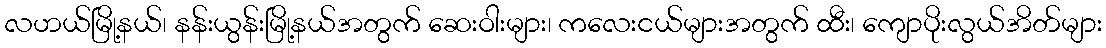
လဟယ်မြို့နယ်၊ နန်းယွန်းမြို့နယ်အတွက် ဆေးဝါးများ၊ ကလေးငယ်များအတွက် ထီး၊ ကျောပိုးလွယ်အိတ်များ